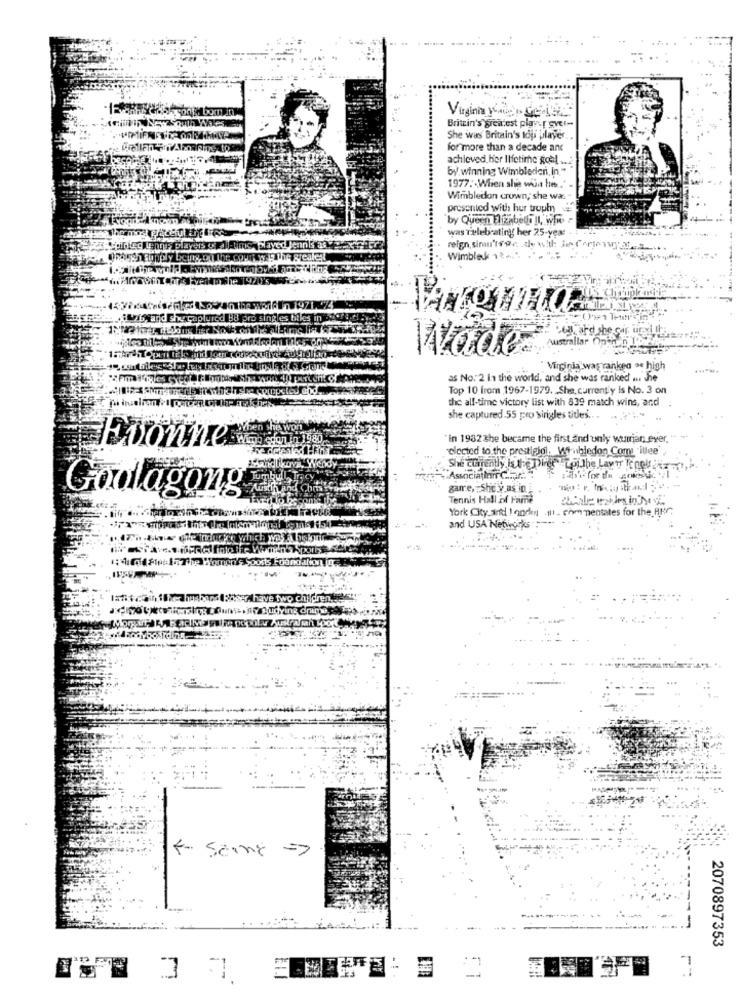
Virginia you' Geist
Britain's greatest player gver-
She was Britain's top player
for more than a decade ant
achieved. her lifetime goal .. 2
by winning Wimbledon, in."
1977: When she won he .. ".
Wimbledon crown, she was
presented with hur troph
by Queen ElFinbeli Il, Wire
was Telebrating her 25-year +
reign, simulo de will
Wimblesk 13 .. ".
jeg and she sat
Wade
Virginia was ranked a high
as No. 2 in the world, and she was ranked a che
Top 10 from 1967-1979. She. currently is No. 3 on
the all-time victory list with 839 match wins, and
she captured 55 pro singles tides ...
"In 19323he became the first and unly wuirian ever,
Dionne
elected to the prestigiol. Wonbledon Com 'ilee'
She currently Is the Diree " Loi the Lavw To nel
Associa Inn Chart."
garre, She y as in
Godlagong
Tennis Hall of Fame
York City aired ! onde -1
. chm mentales for the RUr.
and USA Networks
have t
F- Seine =>
2070897353
:2